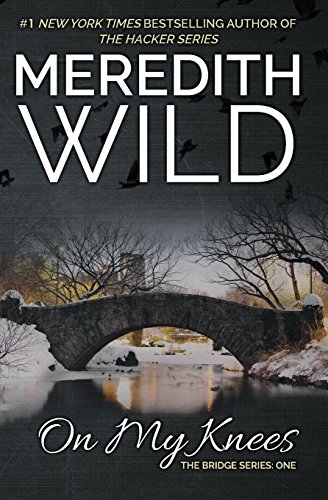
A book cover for On My Knees (The Bridge Series); Meredith Wild; Romance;